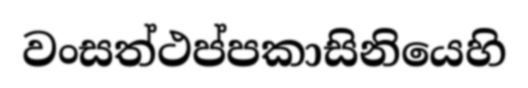
වංසත්ථප්පකාසිනියෙහි